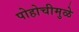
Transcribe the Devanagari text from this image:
पोहोचीमुळे